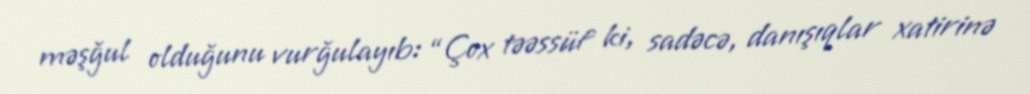
məşğul olduğunu vurğulayıb: “Çox təəssüf ki, sadəcə, danışıqlar xatirinə